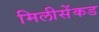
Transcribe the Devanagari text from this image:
मिलीसेंकड